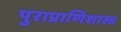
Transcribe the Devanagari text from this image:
पुराप्राणिशास्त्र